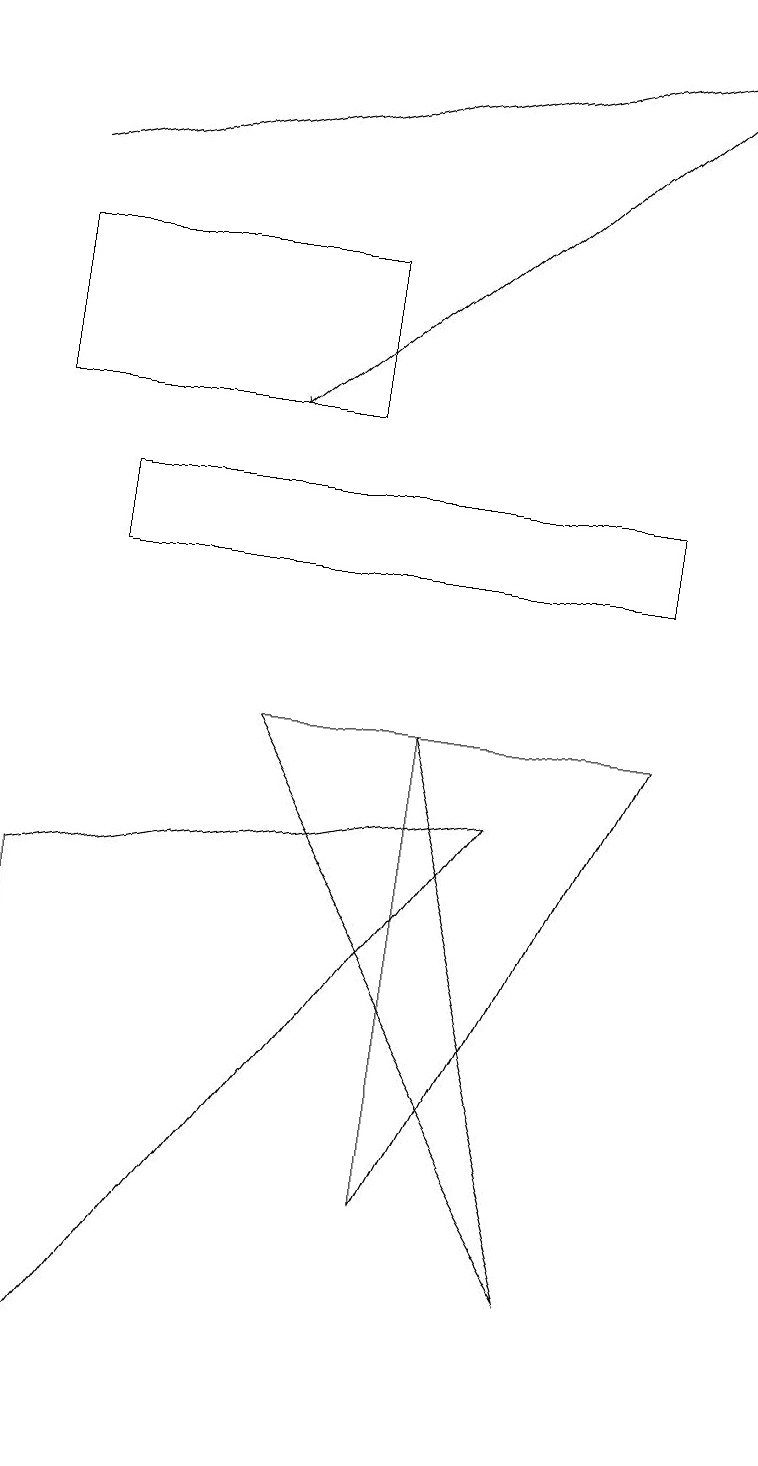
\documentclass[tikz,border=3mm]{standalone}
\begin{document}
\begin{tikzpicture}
\draw[->] (9,18) -- (3,13);
\draw[->] (0,16) -- (9,18);
\draw (3,9) -- (7,2) -- (5,9) -- cycle;
\draw (0,15) rectangle (4,13);
\draw (1,12) rectangle (8,11);
\draw (0,0) -- (6,8) -- (0,7) -- cycle;
\draw (8,9) -- (5,9) -- (5,3) -- cycle;
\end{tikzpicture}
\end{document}